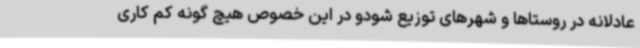
عادلانه در روستاها و شهرهای توزیع شودو در این خصوص هیچ گونه کم کاری